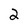
Character: 2